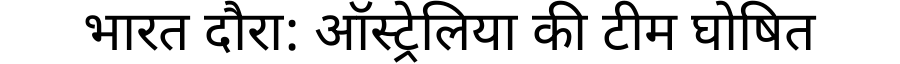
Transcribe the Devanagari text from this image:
भारत दौरा: ऑस्ट्रेलिया की टीम घोषित